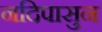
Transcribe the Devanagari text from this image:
नदिपासुन